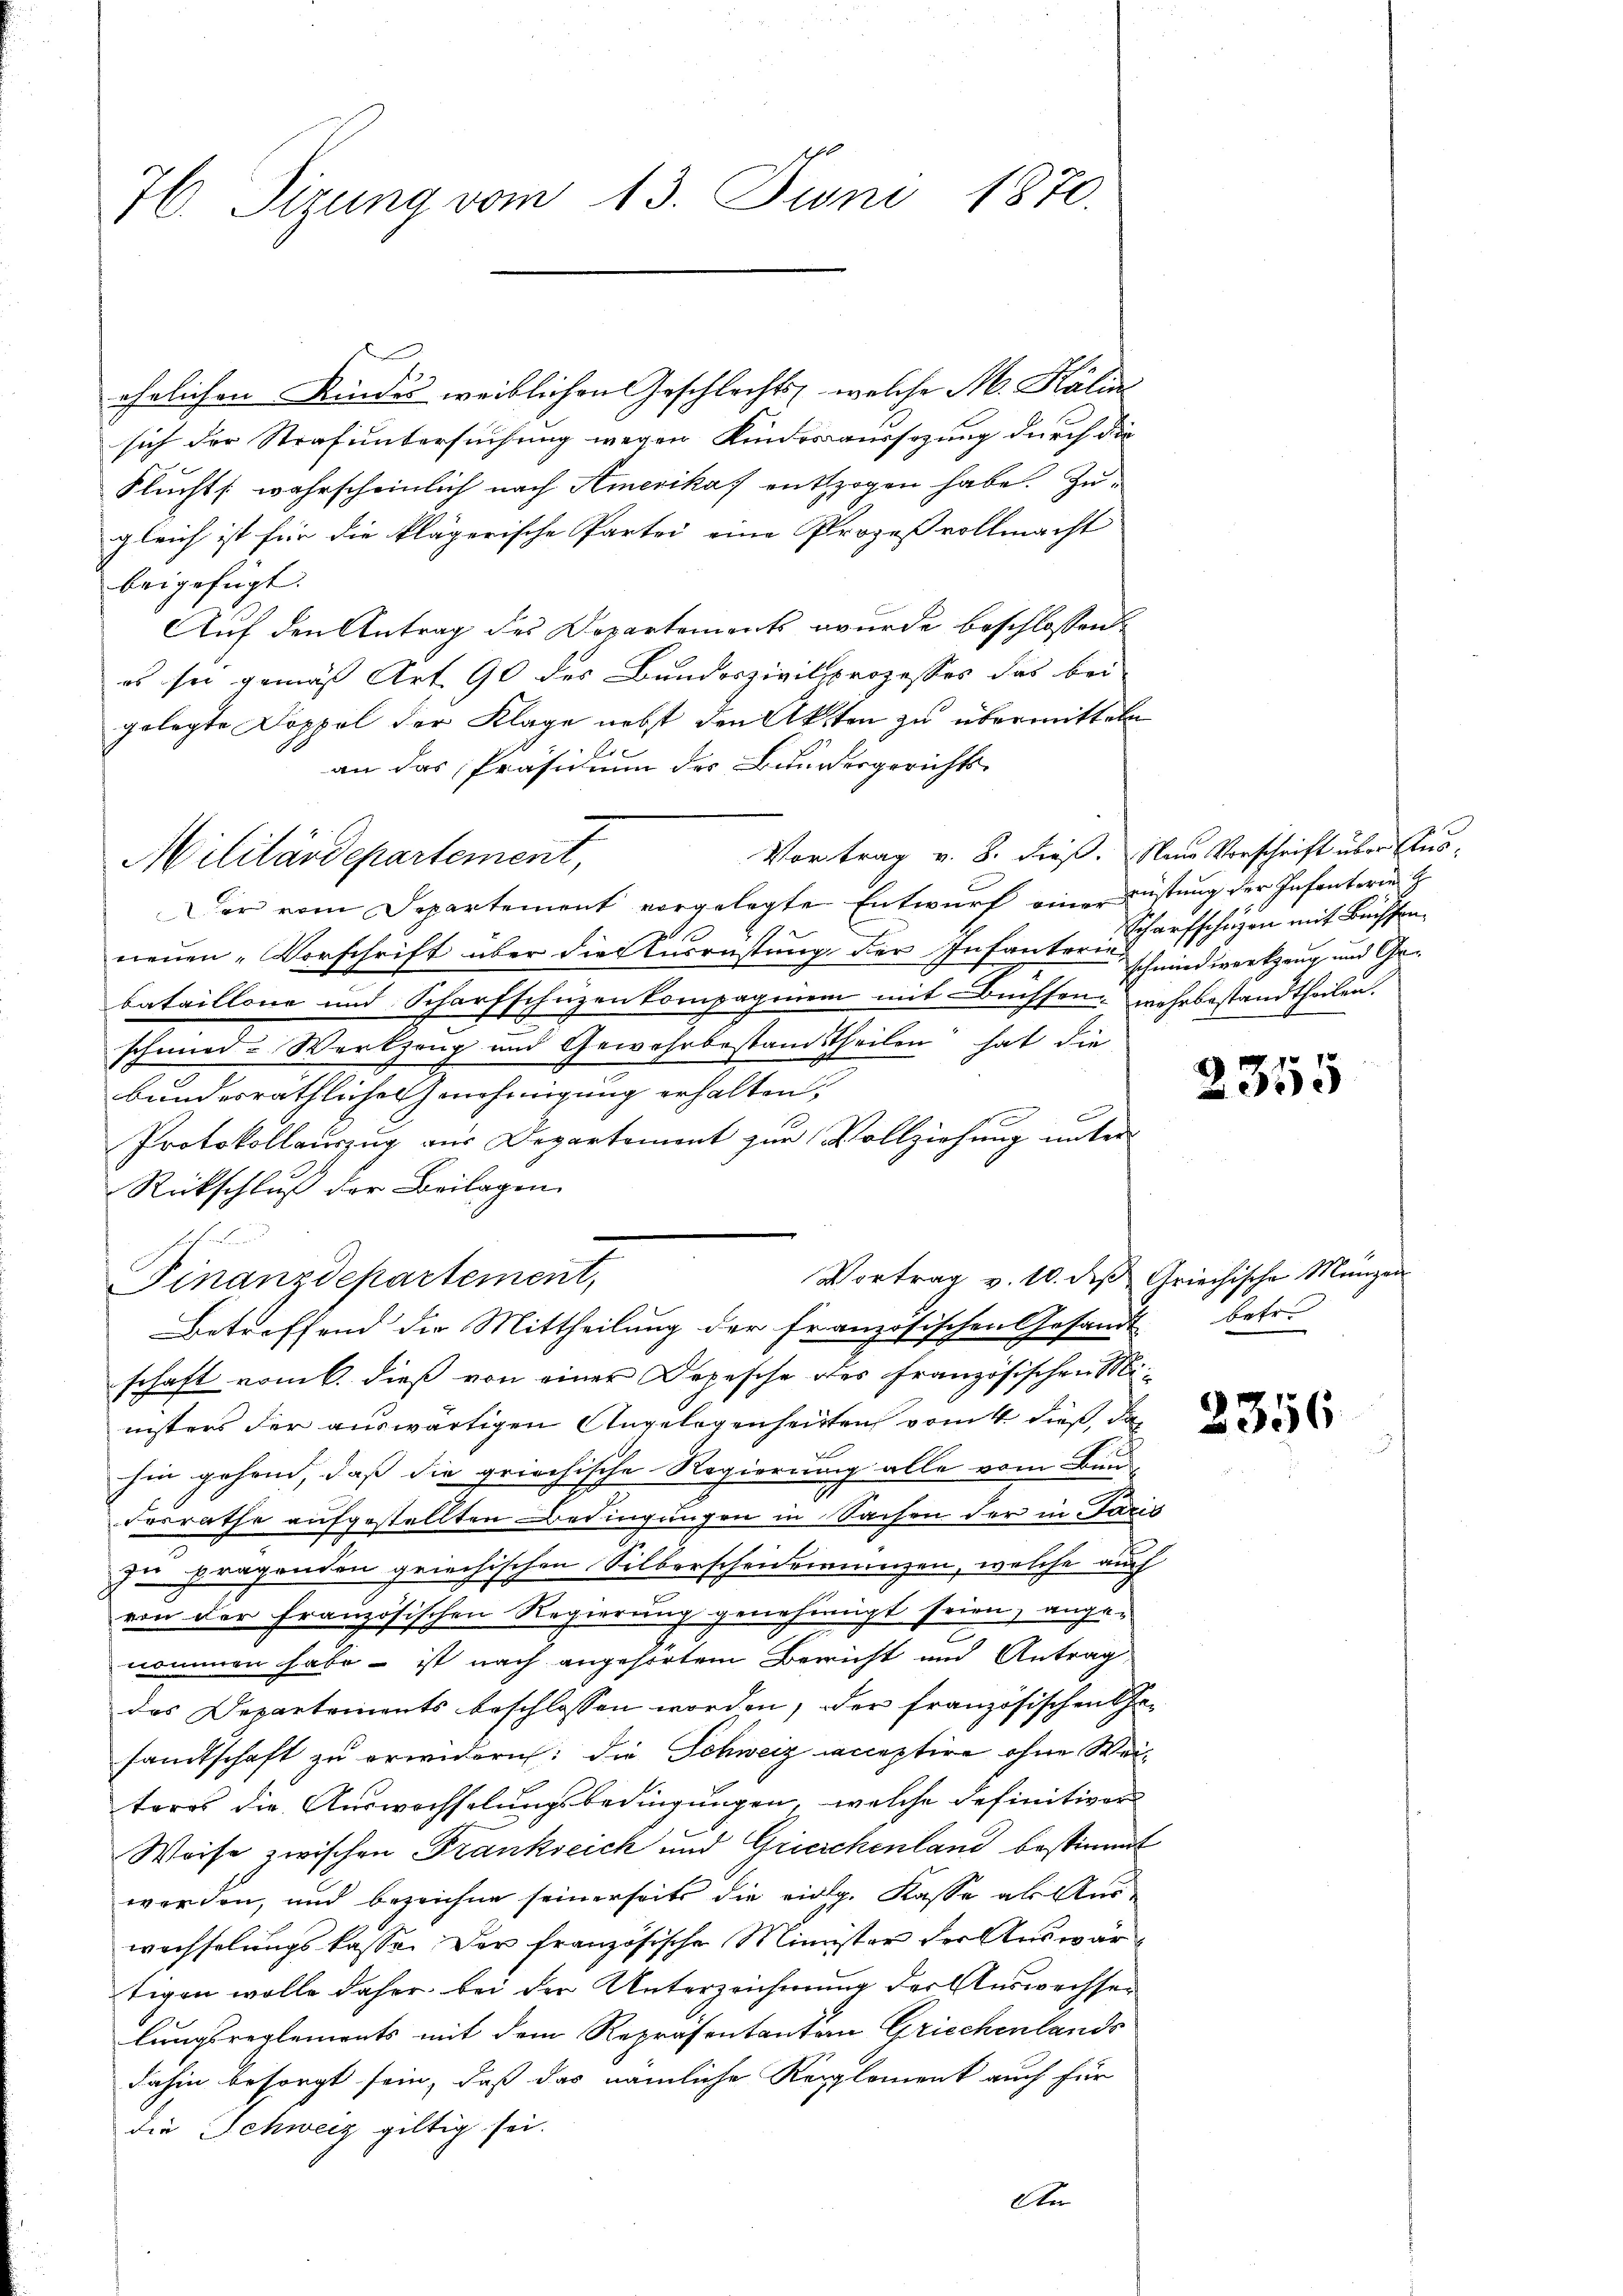
H. Tizung vom 13. Juni 1870.

ehrlichen Kindes weiblichen Geschlechts, welche M. Kálin
sich der Strafuntersuchung wegen Kindesaussezung durch die
Flucht wahrscheinlich nach Amerikas entzogen habe. Zugleich ist für die klägerische Partei eine Prozeßvollmacht
beigefügt.
Auf den Antrag des Departements wurde beschlossen
es sie gemäß Art. 90 des Bundeszivilprozesses das bei
gelegte Doppel der Klage nebst den Akten zu übermitteln
Er
an das Präsidium des Bundesgerichts-
er vom Departement vorgelegte Entwurf einer rüstung der Infanteren
neuen Vorschrift über die Ausrüstung der Infantorie schwindwerkzeug und Gebataillone und Scharfschuzen kompagnien mit Buchsen wehrbestandtheilen.
schmied-Werkzeug und Gewehrbestandstheilen hat die
bundesräthliche Genehmigung erhalten;
Protokollauszug aus Departement zur Vollziehung unter
Rückschluß der Beilagen
Vortrag v. 10. des Griechische Münzen
schaft vom 6. dieß von einer Depesche des französischen Ministers der auswärtigen Angelegenheiten vom 4. dieß, das
d
hin gehand, daß die griechische Regierung alle vom Bun-
Fosrathe aufgestellten Bedingungen in Sachen der in Paris
zu prägenden griechischen Silberscheidemanzen, welche auch
von der Französischen Regierung genehmigt seien, angenommen habe - ist nach angehörtem Bericht und Antrag
das Departements beschlossen worden, der französischen Ge-
sandtschaft zu erwidern: die Schweiz acceptire ohne Weitores die Auswechselungsbedingungen, welche definitiver
Weise zwischen Frankreich und Griechenland bestimmt
worden, und bezeichne seinerseits die eidg. Kasse als Aus-
wechselungslasse. Der französische Minister der Auswärtigen wolle daher, bei der Unterzeichnung der Auswechser
lungsreglements mit dem Repräsentanten Griechenlands
dahin besorgt sein, daß das nämliche Reglement auch für
die Schweiz giltig sei.
Ster

Militärdepartement,

Finanzdepartement,
Betreffend die Mittheilung der französischen Gesandt

Vortrag v. 8. dieß. Nun Vorschrift über Aus¬

Scharfschehen mit Büchsen¬

pr 10
2330

betr.

2356